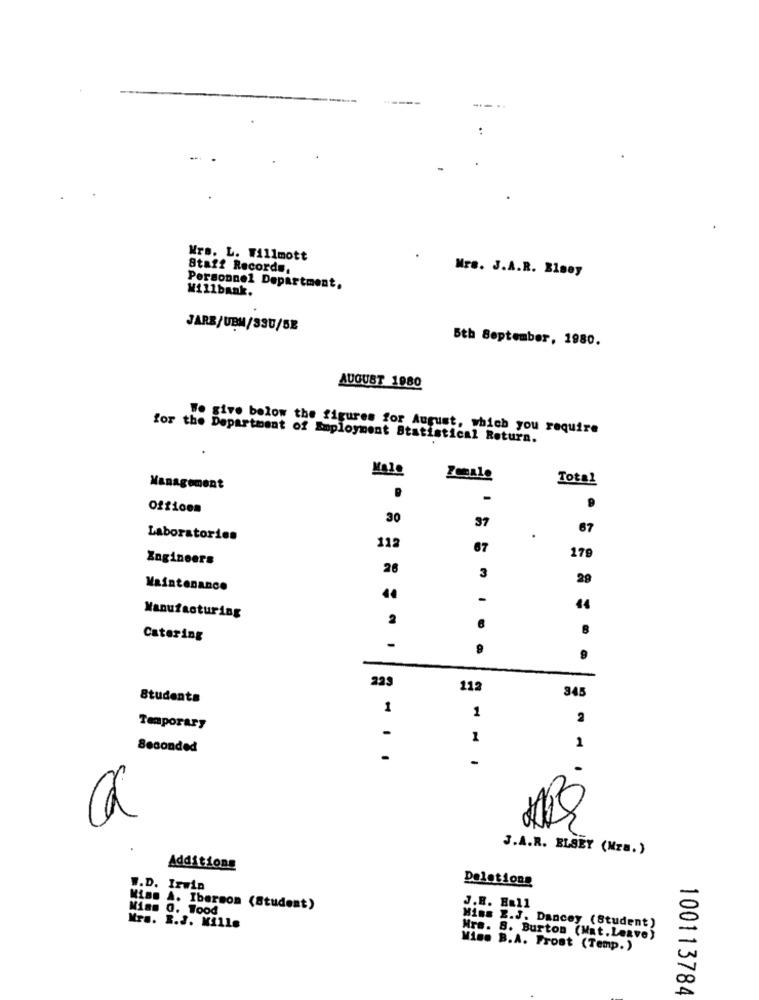
--
Mrs. L. Willmott
Staff Records,
Mrs. J.A.R. Bisey
Personnel Department.
W111bank.
JARE/UBM/330/5E
5th September, 1980.
AUGUST 1980
Wo give below the figures for August, which you require
for the Department of Employment Statistical Return.
Kale
Female
Total
Management
-
Officem
30
67
Laboratorios
112
67
Engineers
17
26
3
29
Maintenance
-
44
Manufacturing
2
B
Catering
-
9
223
112
Students
345
1
1
Temporary
1
Seconded
1
. .
-
J.A.R. ELSEY (Mra.)
Additions
Deletions
W.D. Irwin
Miss A. Ibersom (Student)
Miss Q. Tood
J.B. Hall
Mrs. R.J. Mille
Mins Z.J. Dancey (Student)
Mrs. 8. Burton (Mat. Leave)
Wiss B.A. Frost (Temp. )
100113784